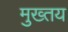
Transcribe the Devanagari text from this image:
मुख्तय